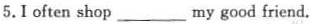
5.I often shop ___ my good friend.